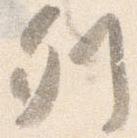
列